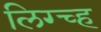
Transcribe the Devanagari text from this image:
लिग्च्ह